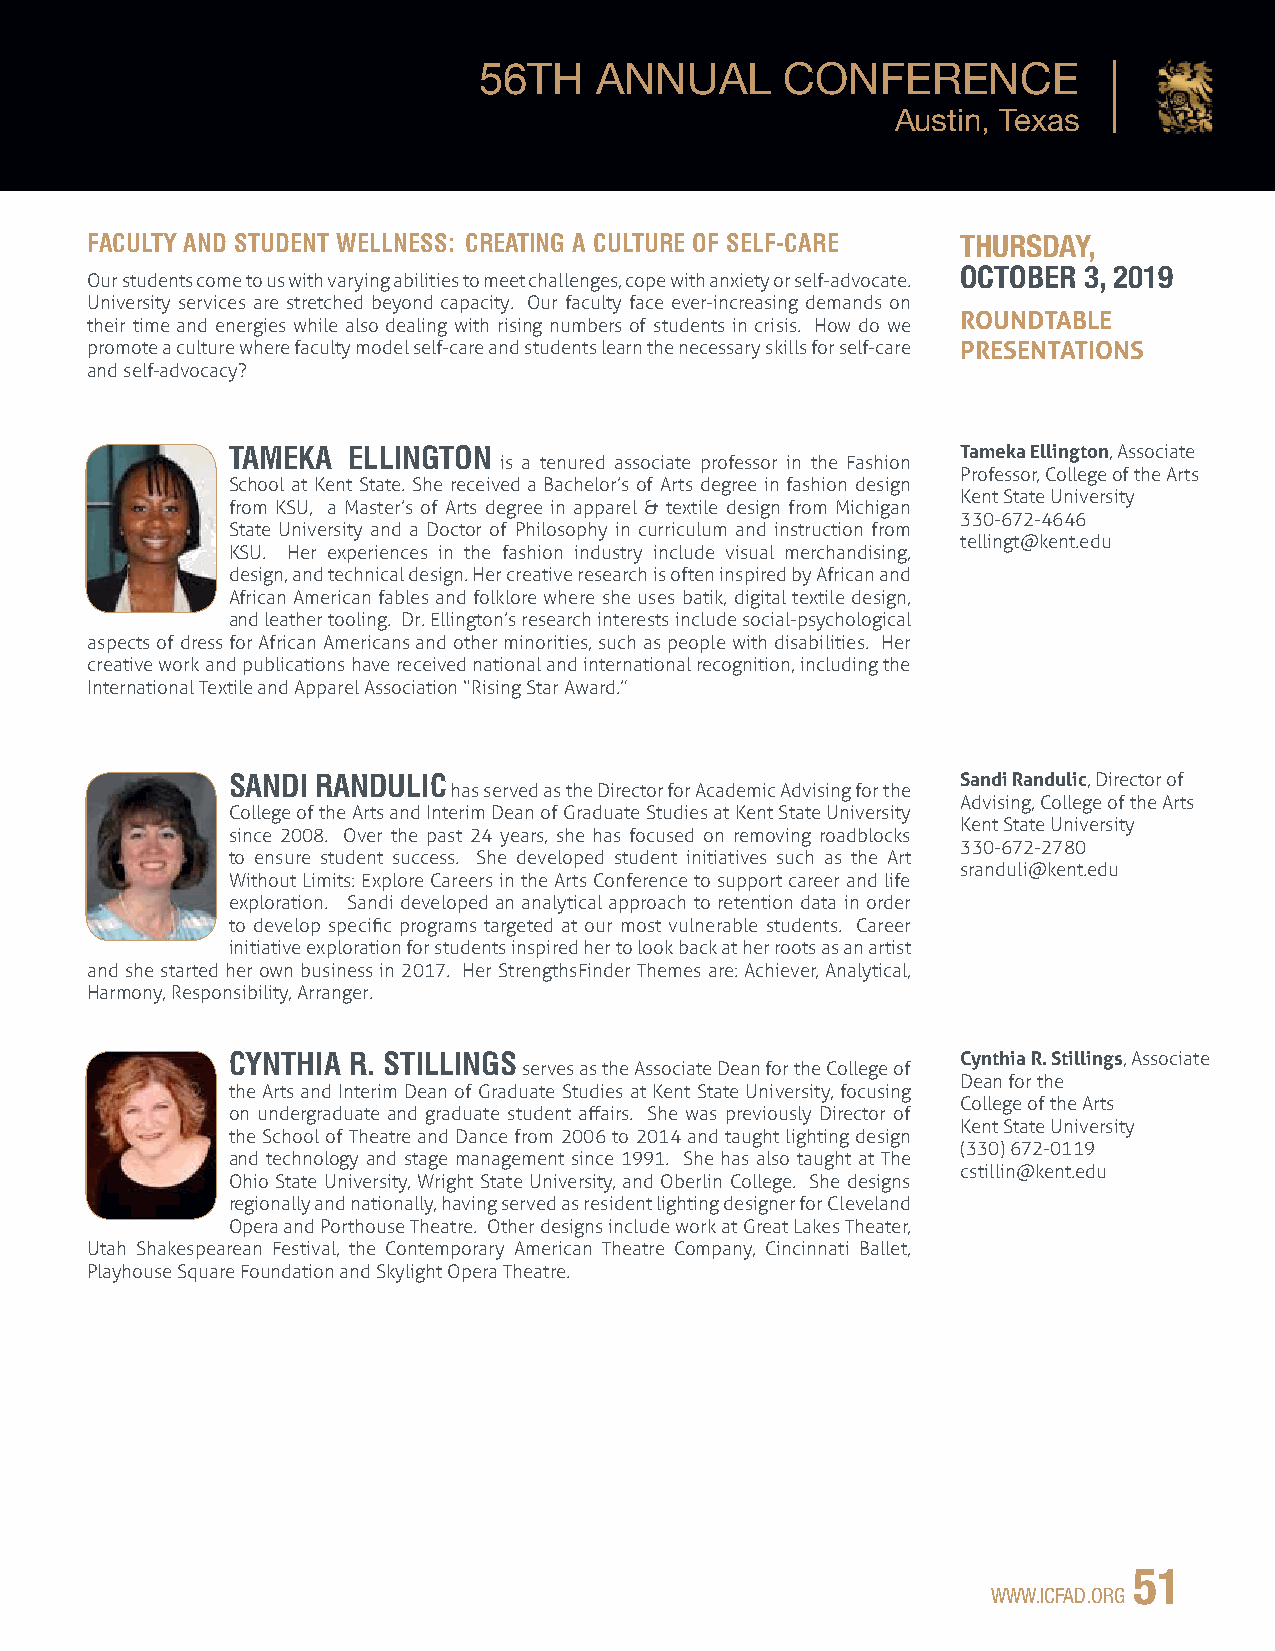
56TH   ANNUA5L6     CTHO NAFNENRUEANLC CEONFERENCE
 Austin, Texas                               Austin, Texas
 FACULTY AND STUDENT WELLNESS: CREATING A CULTURE OF SELF-CARE THURSDAY,
 OCTOBER 3, 2019
 Our students come to us with varying abilities to meet challenges, cope with anxiety or self-advocate.
 University services are stretched beyond capacity. Our faculty face ever-increasing demands on
 ROUNDTABLE
 their time and energies while also dealing with rising numbers of students in crisis. How do we
 promote a culture where faculty model self-care and students learn the necessary skills for self-care PRESENTATIONS
 and self-advocacy?
 TAMEKA  ELLINGTON                                Tameka Ellington, Associate
 is a tenured associate professor in the Fashion
 Professor, College of the Arts
 School at Kent State. She received a Bachelor’s of Arts degree in fashion design
 Kent State University
 from KSU, a Master’s of Arts degree in apparel & textile design from Michigan
 330-672-4646
 State University and a Doctor of Philosophy in curriculum and instruction from
 tellingt@kent.edu
 KSU. Her experiences in the fashion industry include visual merchandising,
 design, and technical design. Her creative research is often inspired by African and
 African American fables and folklore where she uses batik, digital textile design,
 and leather tooling. Dr. Ellington’s research interests include social-psychological
 aspects of dress for African Americans and other minorities, such as people with disabilities. Her
 creative work and publications have received national and international recognition, including the
 International Textile and Apparel Association “Rising Star Award.”
 SANDI RANDULIC                                   Sandi Randulic, Director of
 has served as the Director for Academic Advising for the
 Advising, College of the Arts
 College of the Arts and Interim Dean of Graduate Studies at Kent State University
 Kent State University
 since 2008. Over the past 24 years, she has focused on removing roadblocks
 330-672-2780
 to ensure student success. She developed student initiatives such as the Art
 sranduli@kent.edu
 Without Limits: Explore Careers in the Arts Conference to support career and life
 exploration. Sandi developed an analytical approach to retention data in order
 to develop specific programs targeted at our most vulnerable students. Career
 initiative exploration for students inspired her to look back at her roots as an artist
 and she started her own business in 2017. Her StrengthsFinder Themes are: Achiever, Analytical,
 Harmony, Responsibility, Arranger.
 CYNTHIA R. STILLINGS                             Cynthia R. Stillings, Associate
 serves as the Associate Dean for the College of
 Dean for the
 the Arts and Interim Dean of Graduate Studies at Kent State University, focusing
 College of the Arts
 on undergraduate and graduate student affairs. She was previously Director of
 Kent State University
 the School of Theatre and Dance from 2006 to 2014 and taught lighting design
 (330) 672-0119
 and technology and stage management since 1991. She has also taught at The
 cstillin@kent.edu
 Ohio State University, Wright State University, and Oberlin College. She designs
 regionally and nationally, having served as resident lighting designer for Cleveland
 Opera and Porthouse Theatre. Other designs include work at Great Lakes Theater,
 Utah Shakespearean Festival, the Contemporary American Theatre Company, Cincinnati Ballet,
 Playhouse Square Foundation and Skylight Opera Theatre.
 51
 WWW.ICFAD.ORG